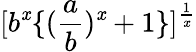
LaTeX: [b^{\mathit{x}}\{ (\frac{{a}}{{b}})^{\mathit{x}}+1\} ]^{\frac{{1}}{{\mathit{x}}}}